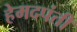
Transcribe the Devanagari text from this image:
हेमदपंती